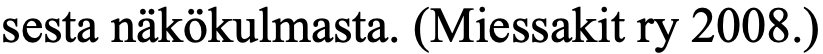
sesta näkökulmasta. (Miessakit ry 2008.)